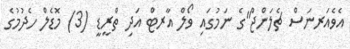
އެވެއަރނަސް ޗެލަންޖް"ގެ ނަމުގައި ވޯލް އާރޓް އަދި ތްރީޑީ (3) މޮޑެލް ހެދުމުގެ